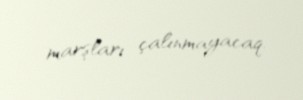
marşları çalınmayacaq.